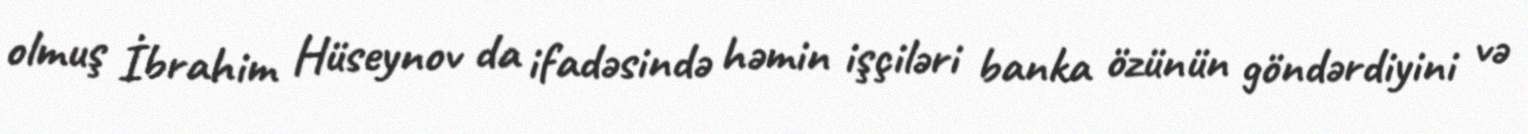
olmuş İbrahim Hüseynov da ifadəsində həmin işçiləri banka özünün göndərdiyini və